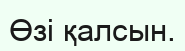
Өзi қалсын.